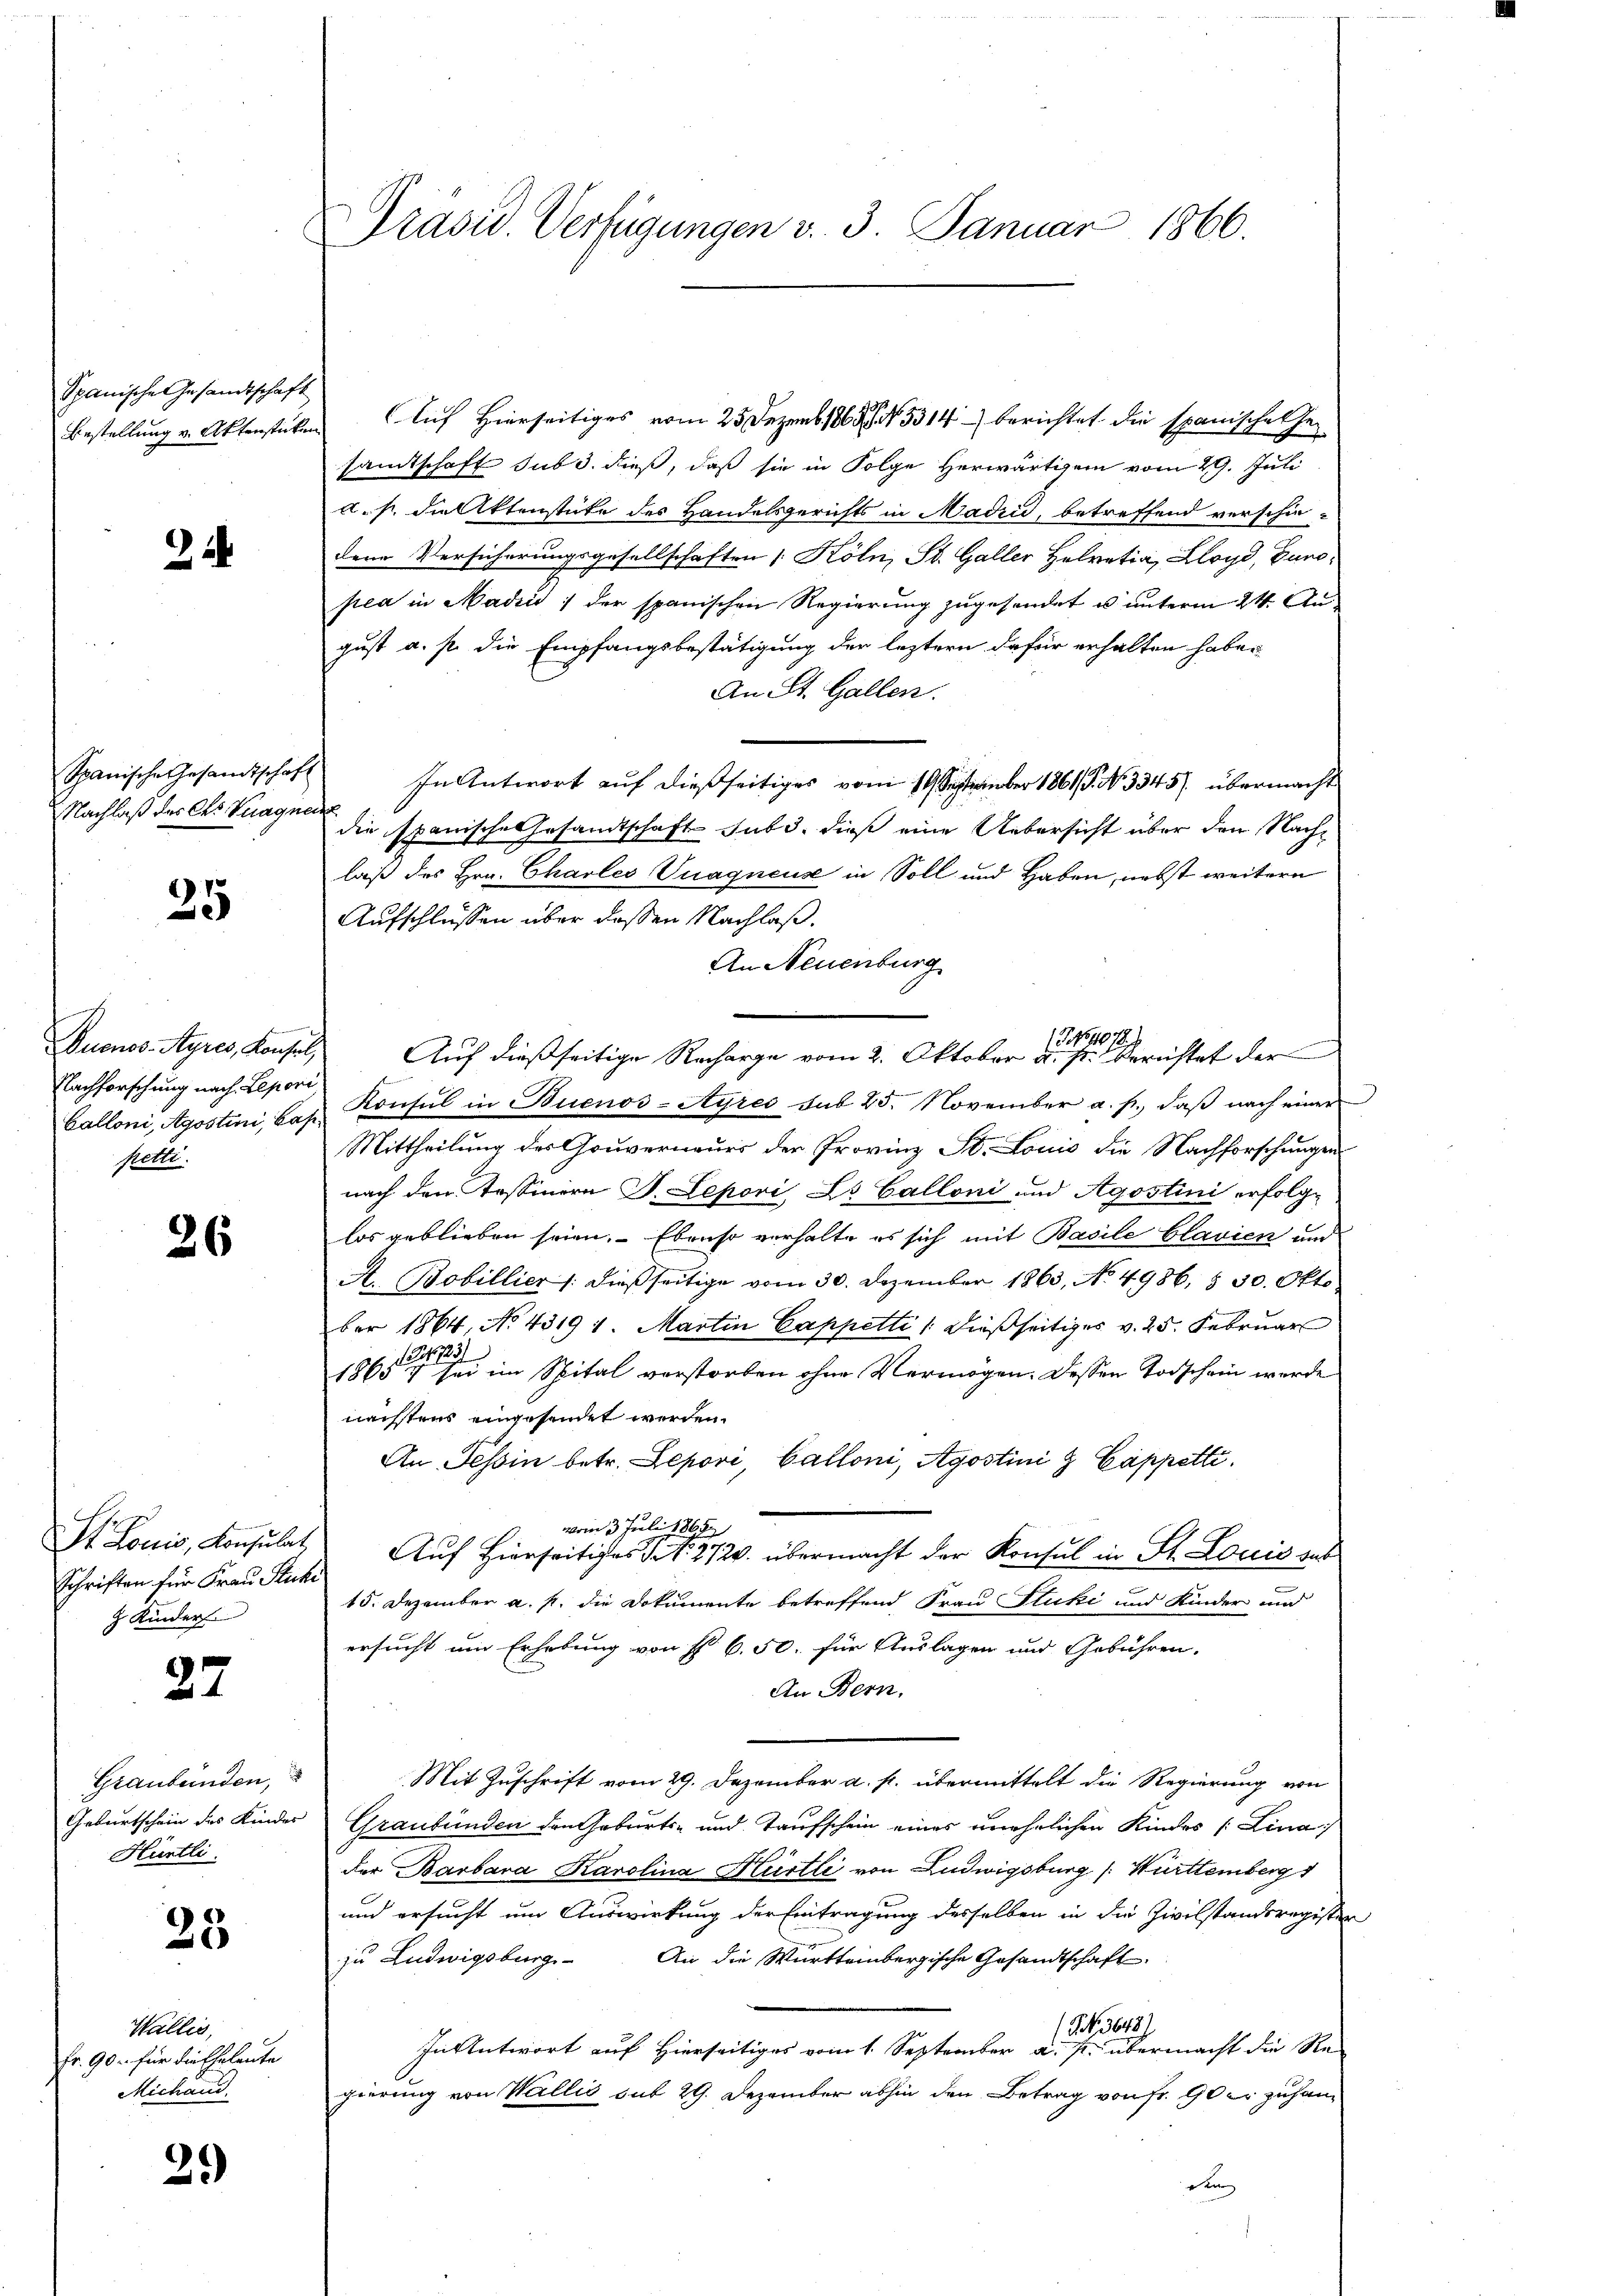
Spanische Gesandtschaft
Bestellung v. Aktenstücken

.

Spanische Gesandtschaft
Nachlaß des Cts. Vuagner

25

Duenos-Ayres, Konsul,
Nachforschung nach Lepori
Calloni, Agostini, Bas
petti.

26

St. Louis, Konsulat
Schriften für Frau Stuche
 Kinder

27

Graubünden,
Geburtschein des Kinder
Hüntli

23

Wallis,
Fr. 90 für die Eheleute
Michand.

29)

Präsid. Verfügungen v. 3. Januar 1866.

samtschaft sub 3. dieß, daß sie in Folge Herwärtigem vom 29. Juli
A.s. die Aktenstücke des Handelsgerichts in Madrid, betreffend verschiedene Versicherungsgesellschaften / Köln, St. Galler Helvetia, Lloyd, Eunopea in Madin / der spanischen Regierung zugesendet u. unterm 24. Au
gust a. p. die Empfangsbestätigung der leztern dafür erhalten haben
An St. Gallen.
In Antwort auf dießseitiges vom 11. September 1861. No 3345). übermacht
die Spanische Gesandtschaft sub d. dieß eine Uebersicht über den Nachlaß des Hrn. Charleo Vuaqneuse in Soll und Haben, nebst weitern
Aufschlüssen über dassen Nachlaß.
An Neuenburg
NNo 1078.
Auf dießseitige Recharge vom 2. Oktober a. s. Berichtet der
Konsul in Buenos-Ayres sub 25. November a. p., daß nach einer
Mittheilung des Gouverneurs der Provinz St. Louis die Nachforschungen
nach den Tessinira P. Lepovi L. Galloni und Agostini erfolglos geblieben seien. Ebenso verhalte es sich mit Basile Clavien und
A. Bobillier /: dießseitige vom 30. Dezember 1863, No 4986, § 30. Okto
ber 1864, No 4319 1. Martin Cappetti / dießseitiges v. 25. Februar
1.
1865 in im Spital verstorben ohne Vermögen. Dessen Todschein werde
nächstens eingesendet werden.
An Tessin betr. Lepori, Calloni, Agostini & Cappetti,
vom 3. Juli 1865.
Auf Hierseitiges St. 272. übermacht der Konsul in St. Louis dab
15. Dezember a. p. die Dokumente betreffend Frau luki und Kinder und
ersucht um Erhebung von Fr. 6.50. für Auslagen und Gebühren.
An Bern.
Mit Zuschrift vom 29. Dezember a. p. übermittelt die Regierung von
Graubünden den Geburts- und Taufschein eines unehelichen Kindes Lina
der Barbara Karolina Hurtli von Ludwigsburg (Württemberg
und ersucht um Auswirkung der Eintragung desselben in die Zivilstandsregister
zu Ludwigsburg. An die Württembergische Gesandtschaft
(NNo. 3648)
In Antwort auf Hierseitiges vom 1. September a. p. übermacht die Re-
gierung von Wallis sub 29. Dezember abhin den Betrag von Fr. 90 er zu han¬

Auf Hierseitiges vom 25. Dezemb. 1863 No 514 berichtet die spanische Ge¬